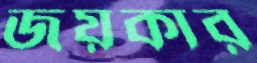
জয়কার